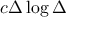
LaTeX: c \Delta \log \Delta